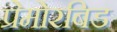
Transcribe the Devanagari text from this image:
प्रेमोरबिड